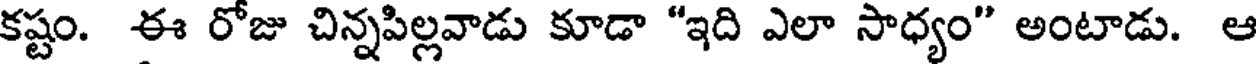
కష్టం. ఈ రోజు చిన్నపిల్లవాడు కూడా "ఇది ఎలా సాధ్యం" అంటాడు. ఆ